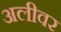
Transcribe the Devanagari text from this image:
अलीवर